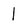
Character: l